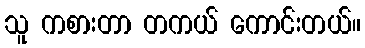
သူ ကစားတာ တကယ် ကောင်းတယ်။